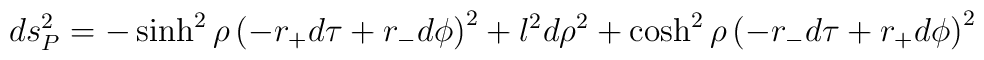
ds^2_P = -\sinh^2 \rho \left ( - r_+ d\tau + r_- d \phi \right ) ^2    + l^2 d \rho^2 + \cosh^2 \rho \left (   -r_- d\tau + r_+ d \phi \right )^2